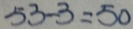
5 3 - 3 = 5 0